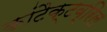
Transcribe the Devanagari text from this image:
कांटैक्टब्रिल